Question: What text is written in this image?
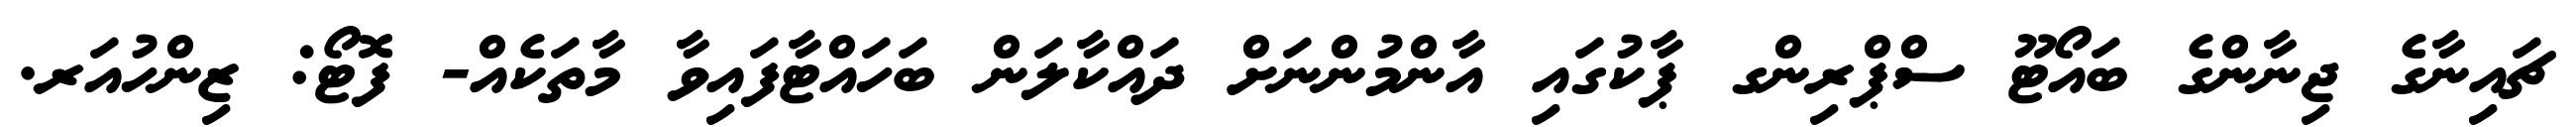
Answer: ޗައިނާގެ ޖިނާންގެ ބައޯޓޫ ސްޕްރިންގ ޕާކުގައި އާންމުންނަށް ދައްކާލަން ބަހައްޓާފައިވާ މާތަކެއް- ފޮޓޯ: ޒިންހުއަރ.